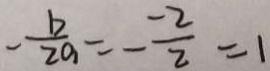
- \frac { b } { 2 a } = - \frac { - 2 } { 2 } = 1